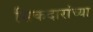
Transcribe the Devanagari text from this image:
सिकदारांच्या